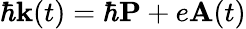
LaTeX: \hbar{\mathbf k}(t)=\hbar{\mathbf P}+e{\mathbf A}(t)